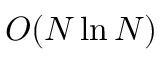
O ( N \ln N )